Cholera in India, 1862 to 1881
Year: 1862
Disease focus: Cholera
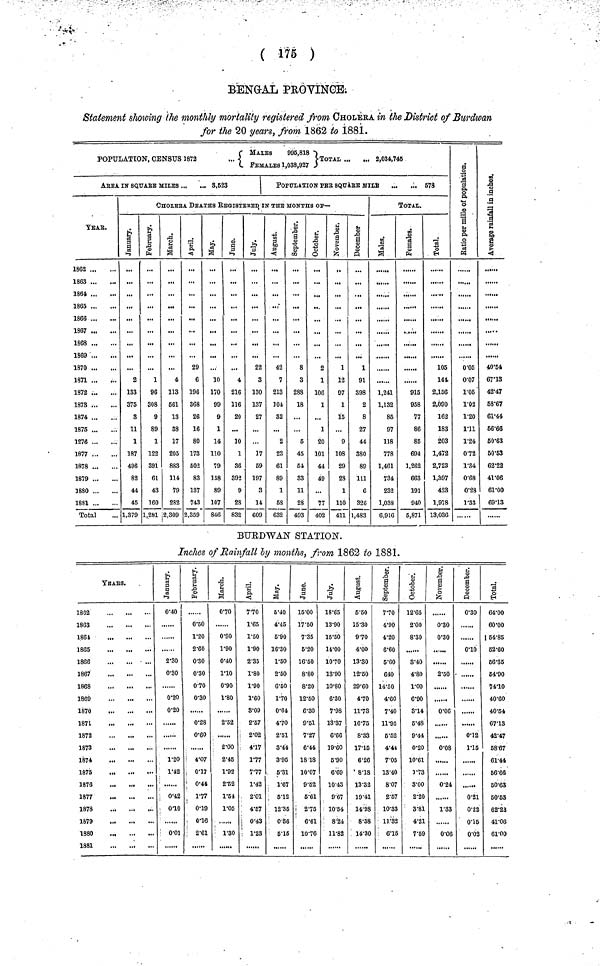
( 175 )
BENGAL PROVINCE;
Statement showing the monthly mortality registered from CHOLERA in the District of Burdwan
for the 20 years, from 1862 to 1881.
MALES
998,818
POPULATION, CENSUS 1872
TOTAL
2,034,746
FEMALES 1,038,927
ArEA is SQuArE MILES ...
... 8,523
YEAR.
1862
1863
1861
1865
1866
1867
1868
1869
1870
1871
1872
1878
1874
1875
1276
1877
1878
1879
1880
1881
Total
POPULATION PEr SQUARE MilLe ...
... 678
CHOLERA DEATHS REGISTERED IN THE MONTHS OF—
January
2
133
375
3
11
1
187
496
82
44
45
1.379
February
1
96
308
9
89
1
122
391
61
43
160
1,281
March
4
113
661
13
38
17
205
883
114
79
282
2,309
April
29
6
196
368
26
16
80
173
502
83
137
743
2,359
May
...
10
170
99
9
1
14
110
79
158
89
107
846
June
...
4
216
116
20
10
1
36
392
9
28
832
July
22
3
130
137
27
...
17
59
197
3
14
609
August
42
7
213
104
32
2
23
61
89
1
68
632
September
8
3
288
18
...
6
45
54
33
11
28
493
Octomber
2
1
106
1
...
1
20
101
44
49
...
77
402
November
1
12
07
1
15
...
9
108
29
28
1
110
411
December
1
91
398
2
8
27
44
380
89
111
6
326
1,483
TOTAL.
Males
1,241
1,132
85
97
118
778
1,461
734
232
1,038
6,916
Females
915
958
77
86
85
694
1,262
663
191
940
5,871
Total
105
144.
2,156
2,090
162
183
203
1,472
2,723
1.397
423
1,978
13,036
Ratio per Mille of population
0·05
0·07
1·05
1·02
1·20
1·11
1·24
072
1·34
0·68
0·28
1·33
Average rainfal
In Inchase
40·54
67·13
42·47
68·67
61·44
56·66
50·63
50·53
62·22
41·06
61·00
69·13
BURDWAN STATION.
Inches of Rainfall by months, from 1862 to 1881.
YeAR..
1862
1863
1864
1865
1866
1867
1868
1869
1870
1871
1872
1873
1874
1875
1876
1877
1878
1879
1880
1881
January
0·40
2·30
0·30
0·20
0·20
1·20
1·42
0·42
0·10
0·01
February
0·50
1·20
2·60
0·30
0·30
0·70
0·30
0·28
0·60
4·07
0·17
0·44
1·77
0·19
0·16
2·61
March
0·70
0·90
1·90
0·40
no
0·90
1·80
2·52
2·00
2·45
1·92
2·52
1·54
1·05
1·30
April
7·70
1·65
1·50
1·90
2·35
1·80
1·90
1·60
3·09
2·57
2·02
4·17
1·77
7·77
1·42
2·01
4·57
0·43
1·23
May
5·40
4·45
6·90
16·30
1·50
2·50
6·50
1·70
0·64
4·70
2·51
3·44
3·95
6·31
1·67
5·12
12·35
0·56
5·15
June
15·00
17·50
7·35
5·20
16·50
8·80
8·20
12·50
6·30
9·51
7·27
6·44
1818
10·07
9·52
6·61
2·75
6·61
10·76
July
18·65
13·90
15·50
14·00
1070
13·90
10·80
6·30
7·98
13·37
6·66
19·60
6·90
6·69
10·43
9·67
10·54
8·24
11·82
August
5·50
15·30
9·70
4·00
13·30
12·50
29·60
470
11·73
16·75
8·33
17·15
6·26
8·18
13·32
19·41
14·98
8·38
14·30
September
7·70
4·90
4·20
6·60
6·60
640
14·50
4·60
7·40
11·95
5·52
4·44
7·05
13·40
8·07
2·57
10·33
11·32
6·15
Octomber
12·65
2·00
8·30
3·40
4·80
1·00
6·90
3·14
6·48
9·44
0·20
10·61
1·73
3·00
2·20
8·81
4·21
7·59
November
0·30
0·30
2·50
0·06
0·08
0·24
1·33
0·06
December
0·30
0·10
0·12
1·15
0·21
0·22
0·15
0·02
Total
64·00
60·00
154·85
62·60
66·35
64·90
74·10
40·60
40·54:
67·13
42·47
68·67
61·44
56·66
60·63
60·53
62·23
41·06
61·00